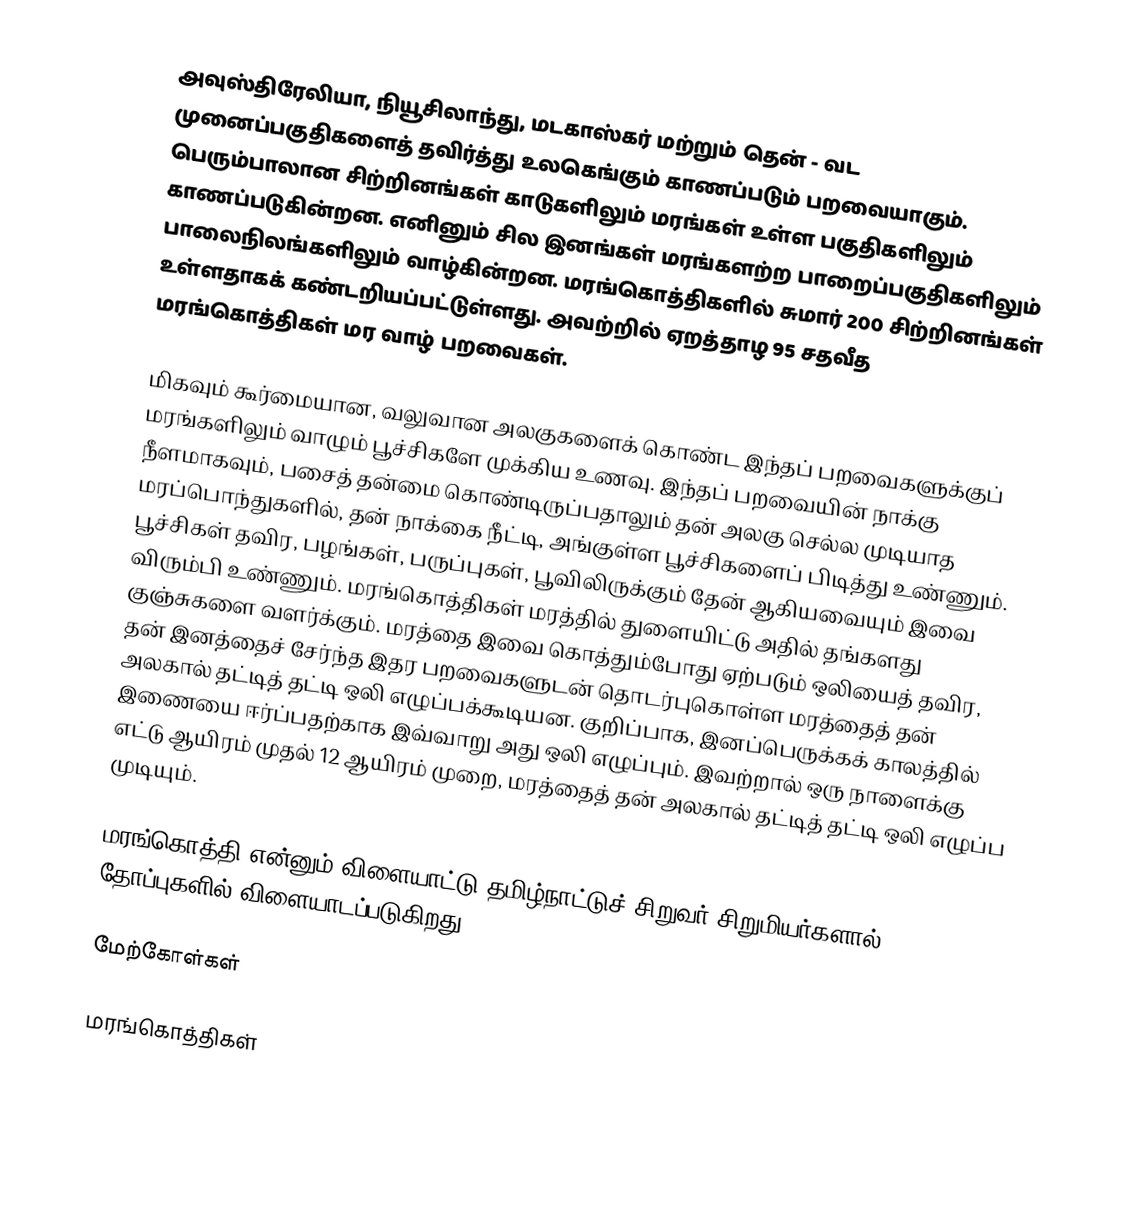
அவுஸ்திரேலியா, நியூசிலாந்து, மடகாஸ்கர் மற்றும் தென் - வட முனைப்பகுதிகளைத் தவிர்த்து உலகெங்கும் காணப்படும் பறவையாகும். பெரும்பாலான சிற்றினங்கள் காடுகளிலும் மரங்கள் உள்ள பகுதிகளிலும் காணப்படுகின்றன. எனினும் சில இனங்கள் மரங்களற்ற பாறைப்பகுதிகளிலும் பாலைநிலங்களிலும் வாழ்கின்றன. மரங்கொத்திகளில் சுமார் 200 சிற்றினங்கள் உள்ளதாகக் கண்டறியப்பட்டுள்ளது.  அவற்றில் ஏறத்தாழ 95 சதவீத மரங்கொத்திகள் மர வாழ் பறவைகள்.

மிகவும் கூர்மையான, வலுவான அலகுகளைக் கொண்ட இந்தப் பறவைகளுக்குப் மரங்களிலும் வாழும் பூச்சிகளே முக்கிய உணவு. இந்தப் பறவையின் நாக்கு நீளமாகவும், பசைத் தன்மை கொண்டிருப்பதாலும் தன் அலகு செல்ல முடியாத மரப்பொந்துகளில், தன் நாக்கை நீட்டி, அங்குள்ள பூச்சிகளைப் பிடித்து உண்ணும். பூச்சிகள் தவிர, பழங்கள், பருப்புகள், பூவிலிருக்கும் தேன் ஆகியவையும் இவை விரும்பி உண்ணும்.  மரங்கொத்திகள் மரத்தில் துளையிட்டு அதில் தங்களது குஞ்சுகளை வளர்க்கும். மரத்தை இவை கொத்தும்போது ஏற்படும் ஒலியைத் தவிர, தன் இனத்தைச் சேர்ந்த இதர பறவைகளுடன் தொடர்புகொள்ள மரத்தைத் தன் அலகால் தட்டித் தட்டி ஒலி எழுப்பக்கூடியன.  குறிப்பாக, இனப்பெருக்கக் காலத்தில் இணையை ஈர்ப்பதற்காக இவ்வாறு அது ஒலி எழுப்பும். இவற்றால் ஒரு நாளைக்கு எட்டு ஆயிரம் முதல் 12 ஆயிரம் முறை, மரத்தைத் தன் அலகால் தட்டித் தட்டி ஒலி எழுப்ப முடியும்.

மரங்கொத்தி என்னும் விளையாட்டு தமிழ்நாட்டுச் சிறுவர் சிறுமியர்களால் தோப்புகளில் விளையாடப்படுகிறது.

மேற்கோள்கள்

மரங்கொத்திகள்